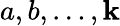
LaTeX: a,b,\ldots,\mathbf{k}